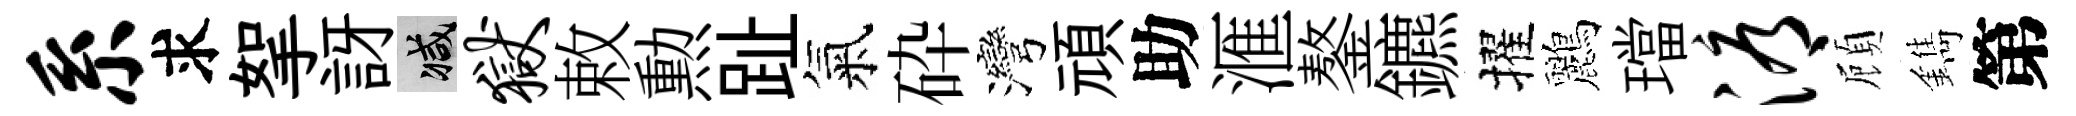
系求挐訝减狱敕勲趾氣砕灣頑助滙鏊鑣擢鸝璫溽頋鐫第